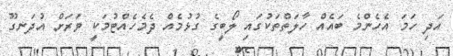
އަދި ހަމަ އެހެންމެ ބައެއް ހާލަތްތަކުގައި ލޯބީގެ ގުޅުމެއް ދެމެހެއްޓުމަކީ ވަރަށް އުދަނގޫ